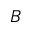
B